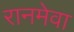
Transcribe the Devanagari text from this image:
रानमेवा